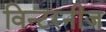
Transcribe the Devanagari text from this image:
विन्टरनीज